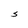
Character: S